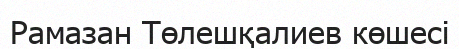
Рамазан Төлешқалиев көшесі